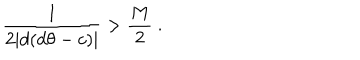
\frac { 1 } { 2 | d ( d \theta - c ) | } > \frac { M } { 2 } \ .